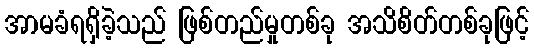
အာမခံရရှိခဲ့သည် ဖြစ်တည်မှုတစ်ခု အသိစိတ်တစ်ခုဖြင့်